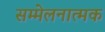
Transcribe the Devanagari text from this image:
सम्मेलनात्मक